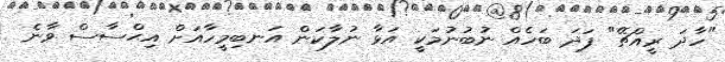
"ހާދަ ރީއްޗޭ" ފަދަ ބަހެއް ނުބުނުމަކީ އަޅާ ނުލާކަން އަނބިމީހާއަށް އިޙްސާސް ވާނެ